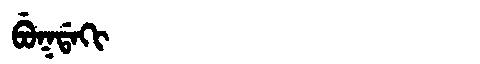
Manchu: ᠪᡠᡴᡩᠠᡴᡳ
Romanization: BUKDAKI